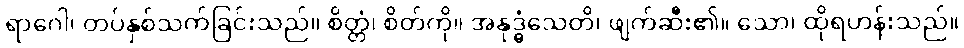
ရာဂေါ၊ တပ်နှစ်သက်ခြင်းသည်။ စိတ္တံ၊ စိတ်ကို။ အနုဒ္ဓံသေတိ၊ ဖျက်ဆီး၏။ သော၊ ထိုရဟန်းသည်။